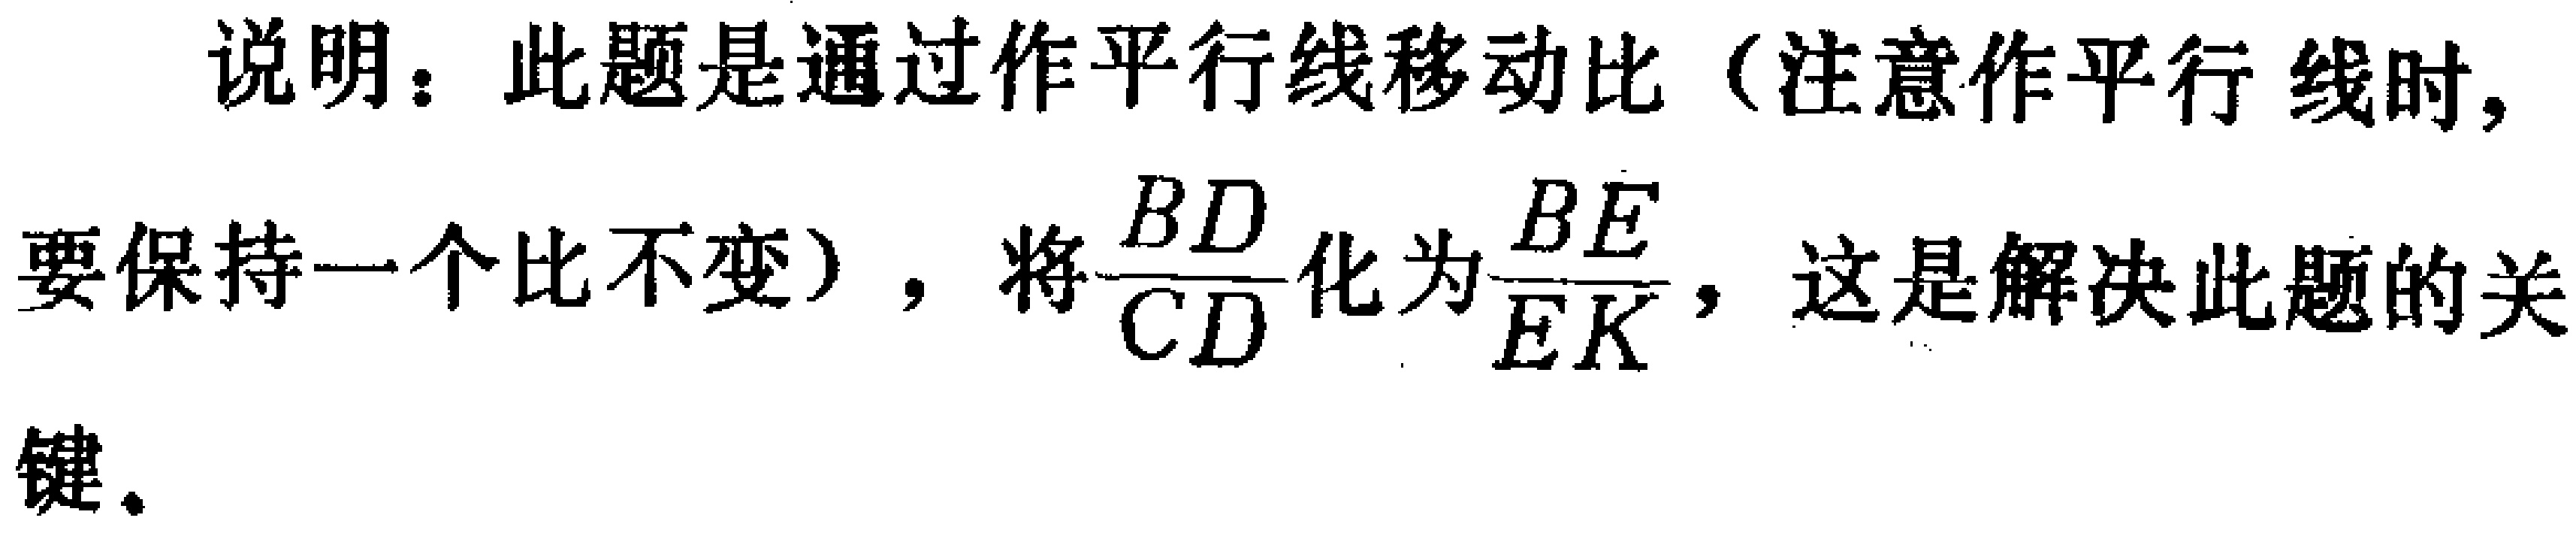
说明：此题是通过作平行线移动比（注意作平行线时，要保持一个比不变），将$\frac{BD}{CD}$化为$\frac{BE}{EK}$，这是解决此题的关键。